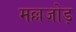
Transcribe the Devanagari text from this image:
मल्लजोड़